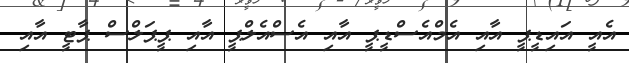
އެއީ އައިޑީޕީ އާއި އެމްއެސްޑީޕީ އާއި އެސްއެލްޕީ އާއި ޕީޕަލްސް ޕާޓީ އާއި